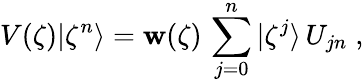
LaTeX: V(\zeta)|\zeta^{n}\rangle=\mathbf{w}(\zeta)\, \sum_{j=0}^{n}|\zeta^{j}\rangle\, U_{jn}\; ,